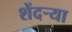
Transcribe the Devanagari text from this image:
शेंदऱ्या